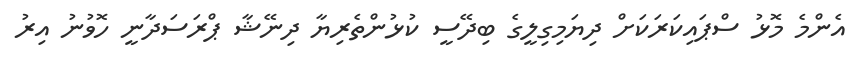
އެންމެ މޮޅު ސްޕައިކަރަކަށް ދިޔަމިގިލީގެ ބިދޭސީ ކުޅުންތެރިޔާ ދިނޭޝާ ޕްރަސަދާނީ ހޮވުނު އިރު